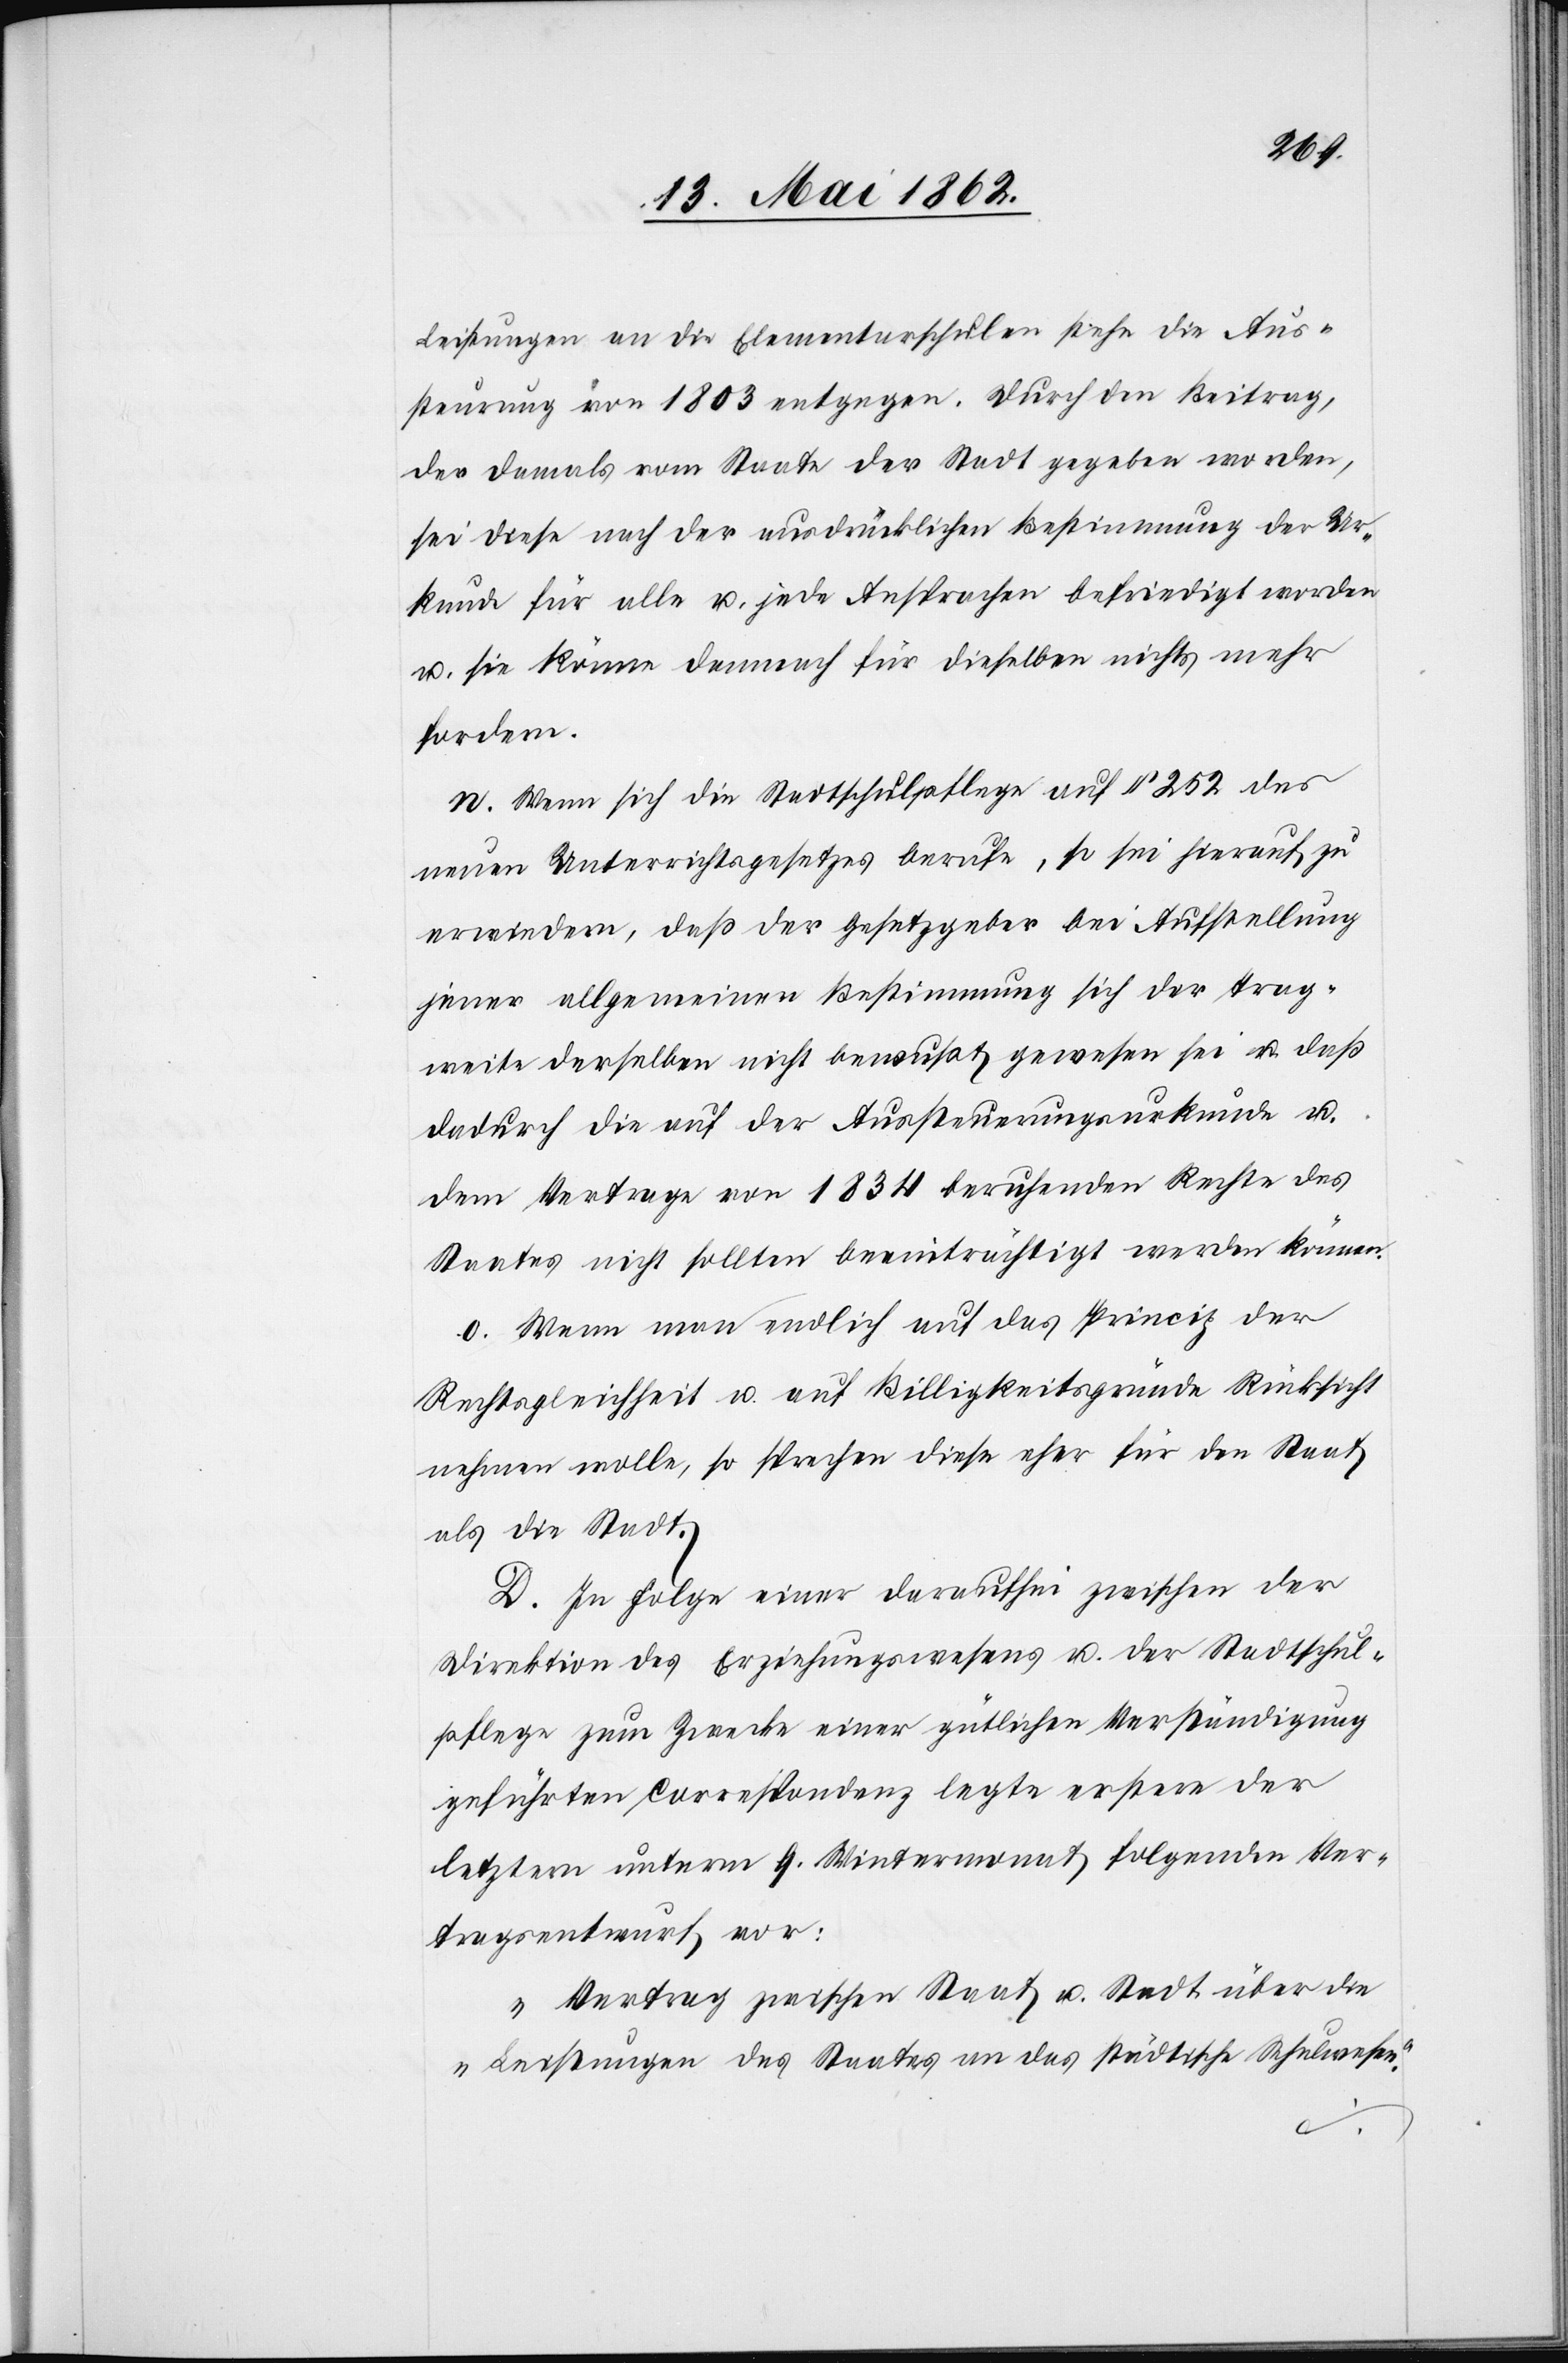
Leistungen an die Elementarschulen stehe die Aus¬
steurung von 1803 entgegen. Durch den Beitrag,
der damals vom Staate der Stadt gegeben worden,
sei diese nach der ausdrücklichen Bestimmung der Ur¬
kunde für alle u. jede Ansprachen befriedigt worden
u. sie könne demnach für dieselben nichts mehr
fordern.
n. Wenn sich die Stadtschulpflege auf § 252 des
neuen Unterrichtsgesetzes berufe, so sei hierauf zu
erwiedern, daß der Gesetzgeber bei Aufstellung
jener allgemeinen Bestimmung sich der Trag¬
weite derselben nicht bewußt gewesen sei u. daß
dadurch die auf der Aussteuerungsurkunde u.
dem Vertrage von 1834 beruhenden Rechte des
Staates nicht sollten beeinträchtigt werden können.
o. Wenn man endlich auf das Princip der
Rechtsgleichheit u. auf Billigkeitsgründe Rücksicht
nehmen wolle, so spreche diese eher für den Staat
als die Stadt.
D. In Folge einer daraufhin zwischen der
Direktion des Erziehungswesens u. der Stadtschul¬
pflege zum Zwecke einer gütlichen Verständigung
geführten Correspondenz legte erstere der
letztern unterm 9. Wintermonat folgenden Ver¬
tragsentwurf vor:
„Vertrag zwischen Staat u. Stadt über die
Leistungen des Staates an das städtische Schulwesen.